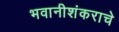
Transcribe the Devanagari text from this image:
भवानीशंकराचे